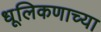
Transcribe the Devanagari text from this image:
धूलिकणाच्या